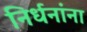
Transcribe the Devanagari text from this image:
निर्धनांना